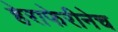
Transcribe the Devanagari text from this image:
हेराफेरीनेच